Source: Handwritten
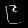
Digit: ၉ (9)